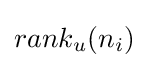
rank_{u}(n_{i})